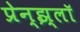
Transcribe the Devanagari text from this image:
प्रेन्झ्लॉ